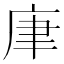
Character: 㡽